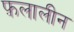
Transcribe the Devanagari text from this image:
फ़लालीन